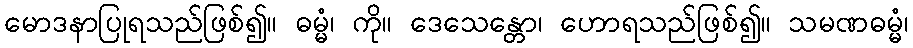
မောဒနာပြုရသည်ဖြစ်၍။ ဓမ္မံ၊ ကို။ ဒေသေန္တော၊ ဟောရသည်ဖြစ်၍။ သမဏဓမ္မံ၊